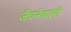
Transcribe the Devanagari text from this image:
जँचनेवाली